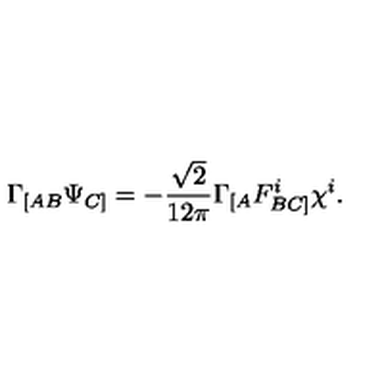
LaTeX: \Gamma _ { [ A B } \Psi _ { C ] } = - \frac { \sqrt { 2 } } { 1 2 \pi } \Gamma _ { [ A } F _ { B C ] } ^ { i } \chi ^ { i } .